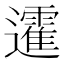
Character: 𨘾